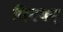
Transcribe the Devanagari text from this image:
विनयम्